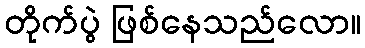
တိုက်ပွဲ ဖြစ်နေသည်လော။